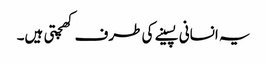
یہ انسانی پسینے کی طرف کھچتی ہیں۔